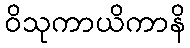
ဝိသုကာယိကာနိ